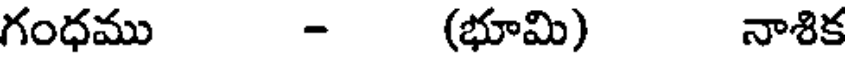
గంధము - (భూమి) నాశిక